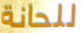
للحانة